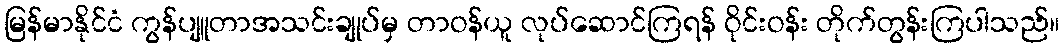
မြန်မာနိုင်ငံ ကွန်ပျူတာအသင်းချုပ်မှ တာဝန်ယူ လုပ်ဆောင်ကြရန် ဝိုင်းဝန်း တိုက်တွန်းကြပါသည်။